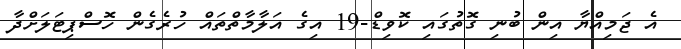
އެ ޖަމިއްޔާ އިން ބުނި ގޮތުގައި ކޮވިޑް-19 އިގެ އަލާމާތްތައް ހުރެގެން ހޮސްޕިޓަލަށްދާ